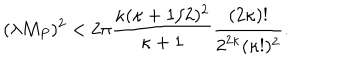
LaTeX: ( \lambda M _ { P } ) ^ { 2 } < 2 \pi \frac { \kappa ( \kappa + 1 / 2 ) ^ { 2 } } { \kappa + 1 } \frac { ( 2 \kappa ) ! } { 2 ^ { 2 \kappa } ( \kappa ! ) ^ { 2 } } .